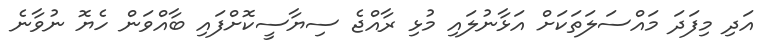
އަދި މިފަދަ މައްސަލަތަކަށް އަޅާނުލައި މުޅި ރާއްޖެ ސިޔާސީކޮށްފައި ބާއްވަން ހެޔޮ ނުވާނެ